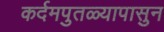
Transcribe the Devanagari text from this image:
कर्दमपुतळ्यापासुन